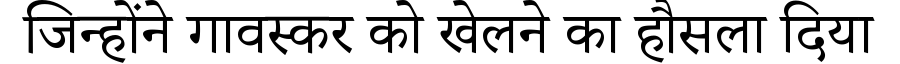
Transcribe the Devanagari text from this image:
जिन्होंने गावस्कर को खेलने का हौसला दिया